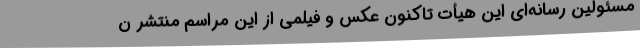
مسئولین رسانه‌ای این هیأت تاکنون عکس و فیلمی از این مراسم منتشر ن